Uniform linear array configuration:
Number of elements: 8
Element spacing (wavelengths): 1
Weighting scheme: uniform
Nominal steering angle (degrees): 45
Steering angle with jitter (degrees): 43.538
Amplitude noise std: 0.05
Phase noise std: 0.05

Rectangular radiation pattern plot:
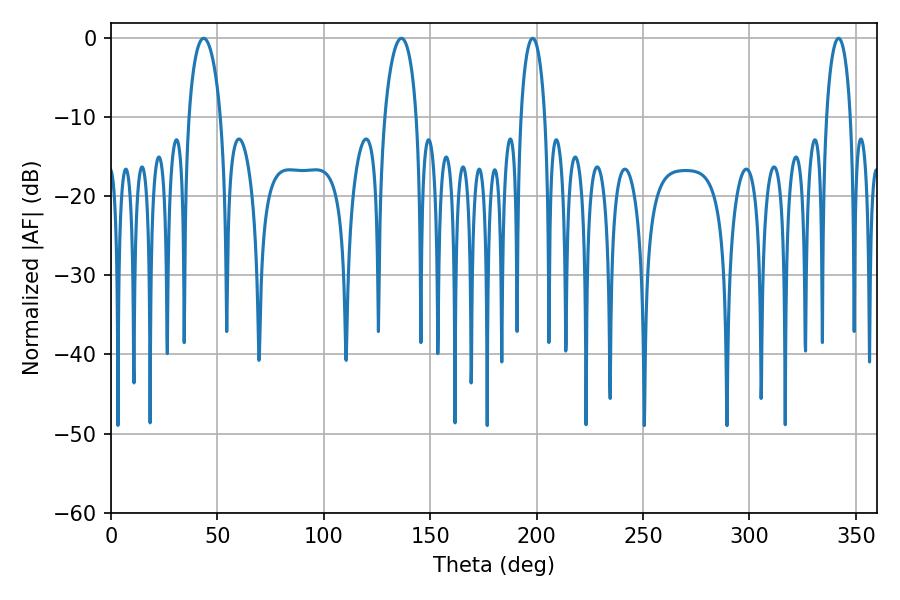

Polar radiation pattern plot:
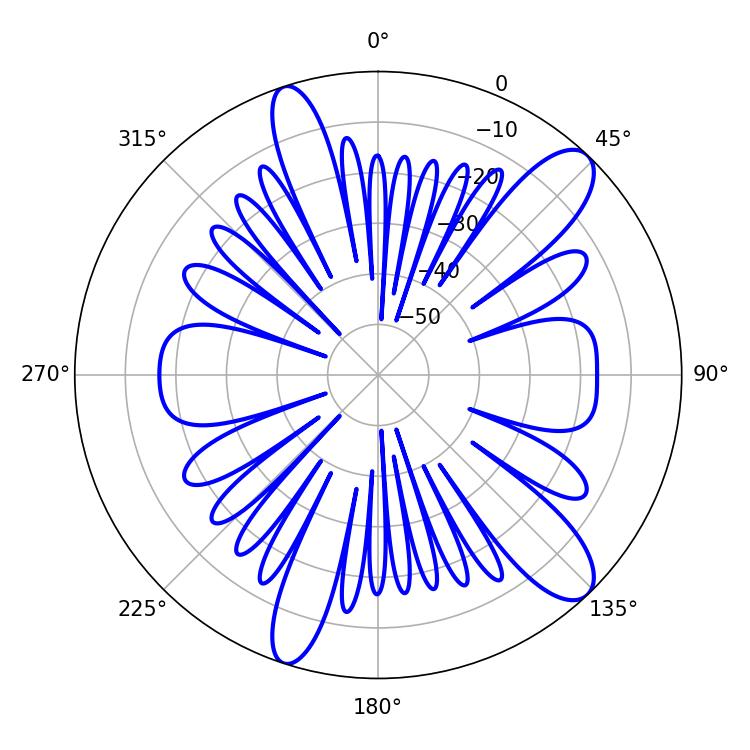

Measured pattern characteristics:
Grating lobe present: TRUE
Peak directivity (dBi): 11.369
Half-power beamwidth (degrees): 8.64
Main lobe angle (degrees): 43.56